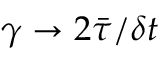
\gamma \rightarrow 2 \bar { \tau } / \delta t